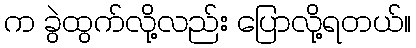
က ခွဲထွက်လို့လည်း ပြောလို့ရတယ်။